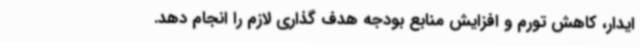
ایدار، کاهش تورم و افزایش منابع بودجه هدف گذاری لازم را انجام دهد.